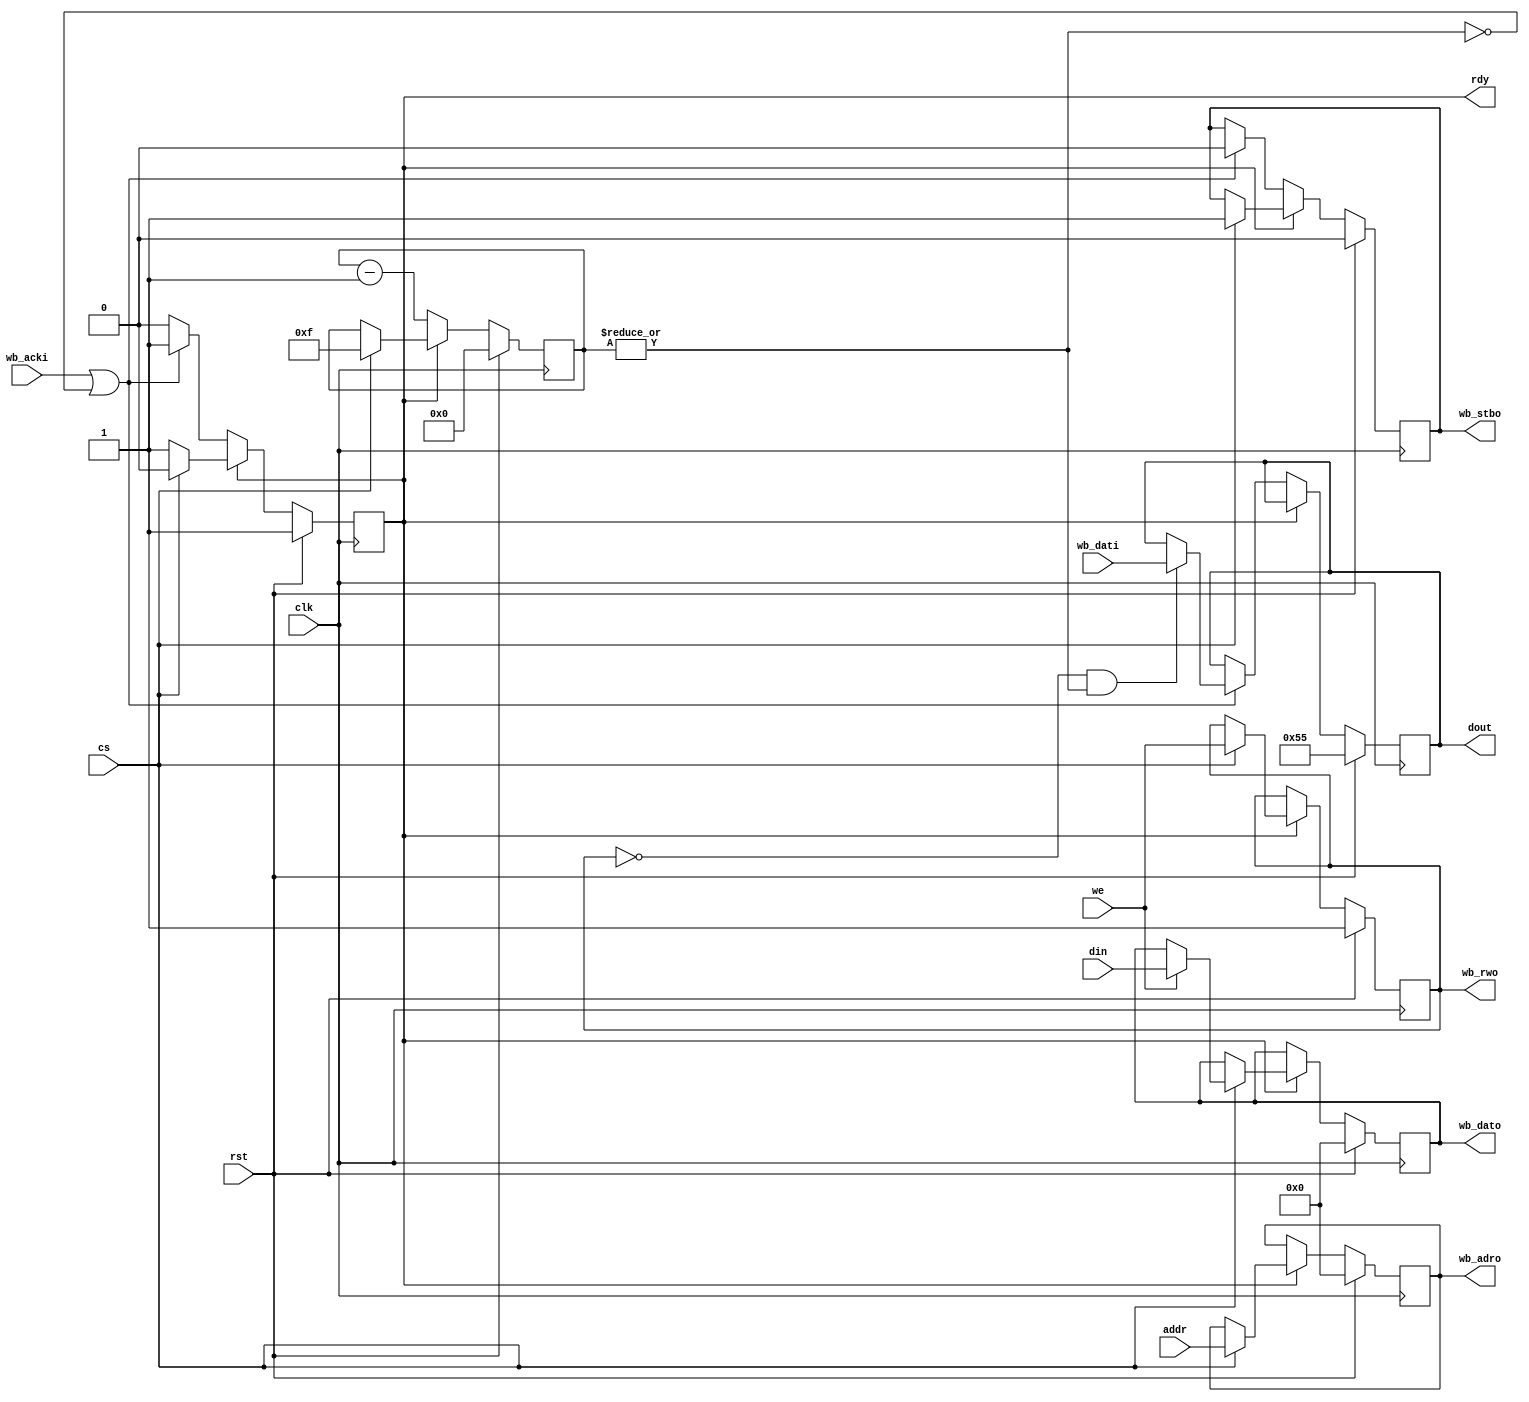
// wishbone.v - wishbone master
// 03-21-19 E. Brombaugh

`default_nettype none

module wishbone(
	input clk,				// system clock
	input rst,				// system reset
	input cs,				// chip select
	input we,				// write enable
	input [7:0] addr,		// register select
	input [7:0] din,		// data bus input
	output reg [7:0] dout,	// data bus output
	output reg rdy,			// low-true processor stall
	
	output reg wb_stbo,			// wishbone STB
	output reg [7:0] wb_adro,	// wishbone Address
	output reg wb_rwo,			// wishbone read/write
	output reg [7:0] wb_dato,	// wishbone data out
	input wb_acki,				// wishbone ACK
	input [7:0] wb_dati			// wishbone data in
	);
	
	// start bus transactions
	reg [3:0] timeout;		// 16-clock timeout counter
	always @(posedge clk)
		if(rst == 1'b1)
		begin
			// clear all at reset
			dout <= 8'h55;
			rdy <= 1'b1;
			timeout <= 4'h0;
			wb_stbo <= 1'b0;
			wb_adro <= 8'h00;
			wb_rwo <= 1'b1;
			wb_dato <= 8'h00;
		end
		else
		begin
			if(rdy == 1'b1)
			begin
				// No transaction pending - start new one
				if(cs == 1'b1)
				begin
					wb_stbo <= 1'b1;
					wb_adro <= addr;
					wb_rwo <= we;
					rdy <= 1'b0;
					timeout <= 4'hf;
					
					if(we == 1'b1)
					begin
						// write cycle
						wb_dato <= din;
					end
				end
			end
			else
			begin
				// Transaction in process
				if((wb_acki == 1'b1) || (|timeout == 1'b0))
				begin
					// finish cycle
					wb_stbo <= 1'b0;
					rdy <= 1'b1;
					if((wb_rwo == 1'b0) && (|timeout == 1'b1))
					begin
						// finish read cycle
						dout <= wb_dati;
					end
				end
				
				// update timeout counter
				timeout <= timeout - 4'h1;
			end
		end
endmodule